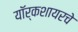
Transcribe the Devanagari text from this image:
यॉर्कशायरचे